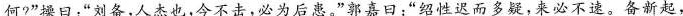
何?”操日：“刘备，人杰也，今不击，必为后患。”郭嘉曰：“绍性迟而多疑，来必不速。备新起，